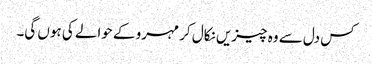
کس دل سے وہ چیزیں نکال کر مہرو کے حوالے کی ہوں گی۔